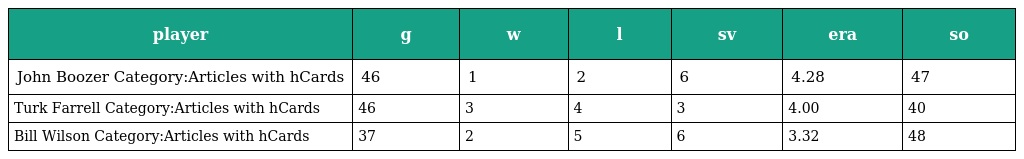
| player | g | w | l | sv | era | so |
 | --- | --- | --- | --- | --- | --- | --- |
 | John Boozer Category:Articles with hCards | 46 | 1 | 2 | 6 | 4.28 | 47 |
 | Turk Farrell Category:Articles with hCards | 46 | 3 | 4 | 3 | 4.00 | 40 |
 | Bill Wilson Category:Articles with hCards | 37 | 2 | 5 | 6 | 3.32 | 48 |